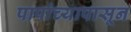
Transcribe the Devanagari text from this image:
पापांच्यापासून